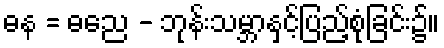
ဓန = ဓညေ - ဘုန်းသမ္ဘာနှင့်ပြည့်စုံခြင်း၌။